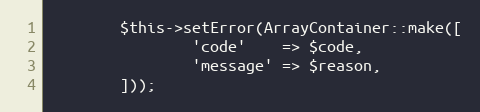
Language: PHP
        $this->setError(ArrayContainer::make([
                'code'    => $code,
                'message' => $reason,
        ]));